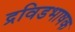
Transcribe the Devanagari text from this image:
द्रविडभाषक